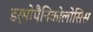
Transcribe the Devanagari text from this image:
डर्मोपैनिकोलोसिस